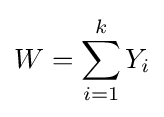
W=\sum _{i=1}^{k}Y_{i}